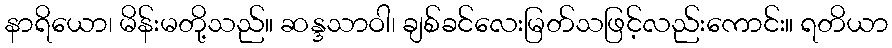
နာရိယော၊ မိန်းမတို့သည်။ ဆန္ဒသာဝါ၊ ချစ်ခင်လေးမြတ်သဖြင့်လည်းကောင်း။ ရတိယာ